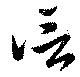
信